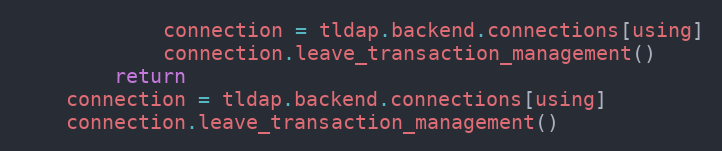
Language: Python
            connection = tldap.backend.connections[using]
            connection.leave_transaction_management()
        return
    connection = tldap.backend.connections[using]
    connection.leave_transaction_management()